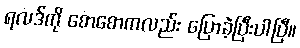
ရလဒ်ကို စောစောကလည်း ပြောခဲ့ပြီးပါပြီ။